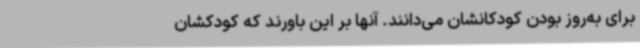
برای به‌روز بودن کودکانشان می‌دانند. آنها بر این باورند که کودکشان